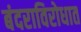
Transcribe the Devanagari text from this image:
बंदराविरोधात